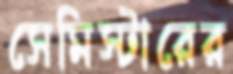
সেমিস্টারের